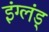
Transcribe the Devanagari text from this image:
इंग्लंड्